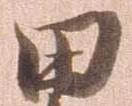
田